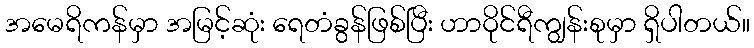
အမေရိကန်မှာ အမြင့်ဆုံး ရေတံခွန်ဖြစ်ပြီး ဟာဝိုင်ရီကျွန်းစုမှာ ရှိပါတယ်။